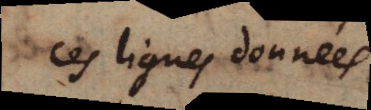
ces lignes données